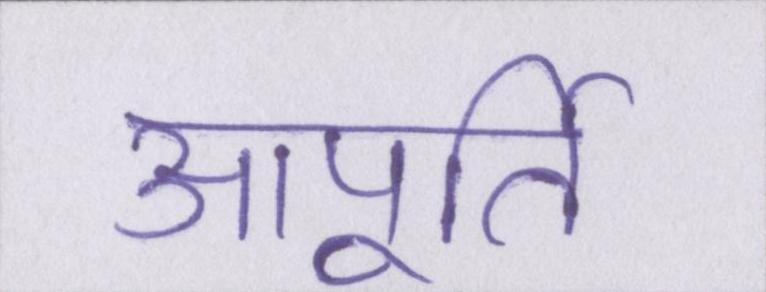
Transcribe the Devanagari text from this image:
आपूर्ति